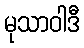
မုသာဝါဒီ